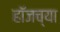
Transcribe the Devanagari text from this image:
हॉजच्या